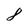
Character: 8